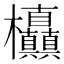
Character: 𭭃